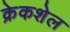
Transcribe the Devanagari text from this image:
क्रेकशेल